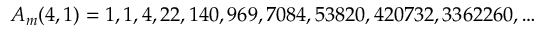
A _ { m } ( 4 , 1 ) = 1 , 1 , 4 , 2 2 , 1 4 0 , 9 6 9 , 7 0 8 4 , 5 3 8 2 0 , 4 2 0 7 3 2 , 3 3 6 2 2 6 0 , \ldots